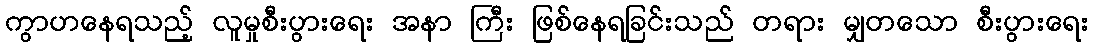
ကွာဟနေရသည့် လူမှုစီးပွားရေး အနာ ကြီး ဖြစ်နေရခြင်းသည် တရား မျှတသော စီးပွားရေး